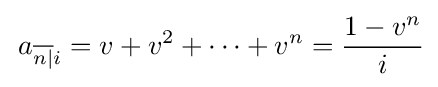
\,a_{{\overline {n|}}i}=v+v^{2}+\cdots +v^{n}={\frac {1-v^{n}}{i}}